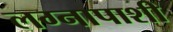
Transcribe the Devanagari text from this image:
लग्नापाशी